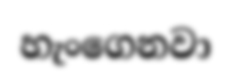
හැංගෙනවා